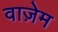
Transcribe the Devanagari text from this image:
वाज़ेम